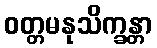
ဝတ္တမနုသိက္ခန္တာ